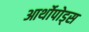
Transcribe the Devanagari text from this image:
आर्थोपोड्स